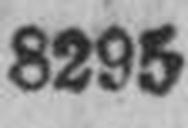
8295